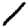
Digit: 1